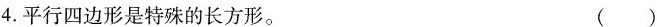
4.平行四边形是特殊的长方形。()